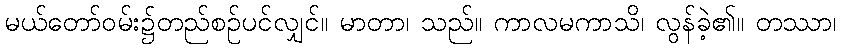
မယ်တော်ဝမ်း၌တည်စဉ်ပင်လျှင်။ မာတာ၊ သည်။ ကာလမကာသိ၊ လွန်ခဲ့၏။ တဿာ၊